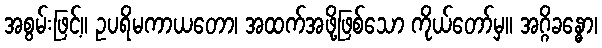
အစွမ်းဖြင့်။ ဥပရိမကာယတော၊ အထက်အဖို့ဖြစ်သော ကိုယ်တော်မှ။ အဂ္ဂိခန္ဓော၊